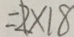
= 2 \times 1 8